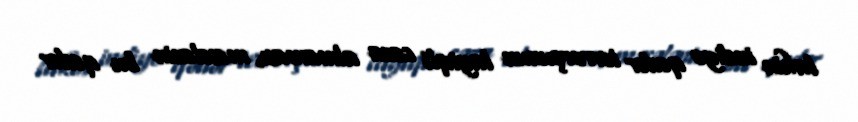
lakin indiyə qədər terrorçunun layiqli cəza almaması, məsələnin bu qədər